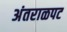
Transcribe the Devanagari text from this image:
अंतराळपट